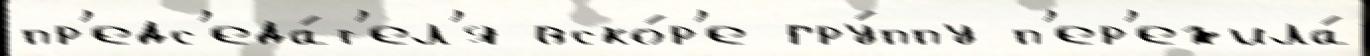
пр'едс'еда́т'ел'я вско́р'е гру́ппу п'ер'ежила́